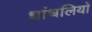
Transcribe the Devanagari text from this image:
धांधलियाँ